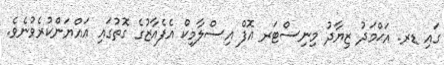
ގައި ޑރ. އަޙްމަދު ޒިޔާދު މިނިސްޓަރ އޮފް އިސްލާމިކް އެފެއާޒުގެ ގޮތުގައި ޢައްޔަންކުރެވުނެވެ.